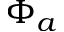
\Phi _ { a }